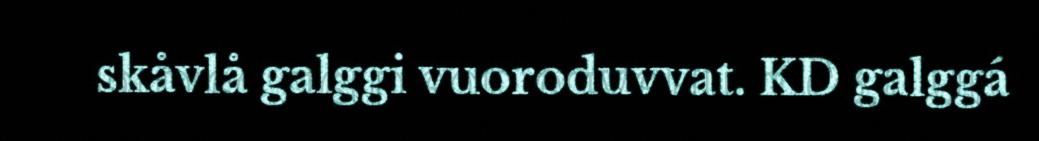
skåvlå galggi vuoroduvvat. KD galggá